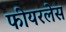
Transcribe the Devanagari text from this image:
फीयरलेस